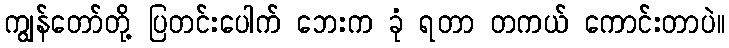
ကျွန်တော်တို့ ပြတင်းပေါက် ဘေးက ခုံ ရတာ တကယ် ကောင်းတာပဲ။